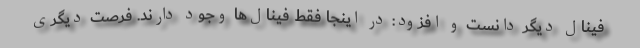
فینال دیگر دانست و افزود: در اینجا فقط فینال‌ها وجود دارند. فرصت دیگری